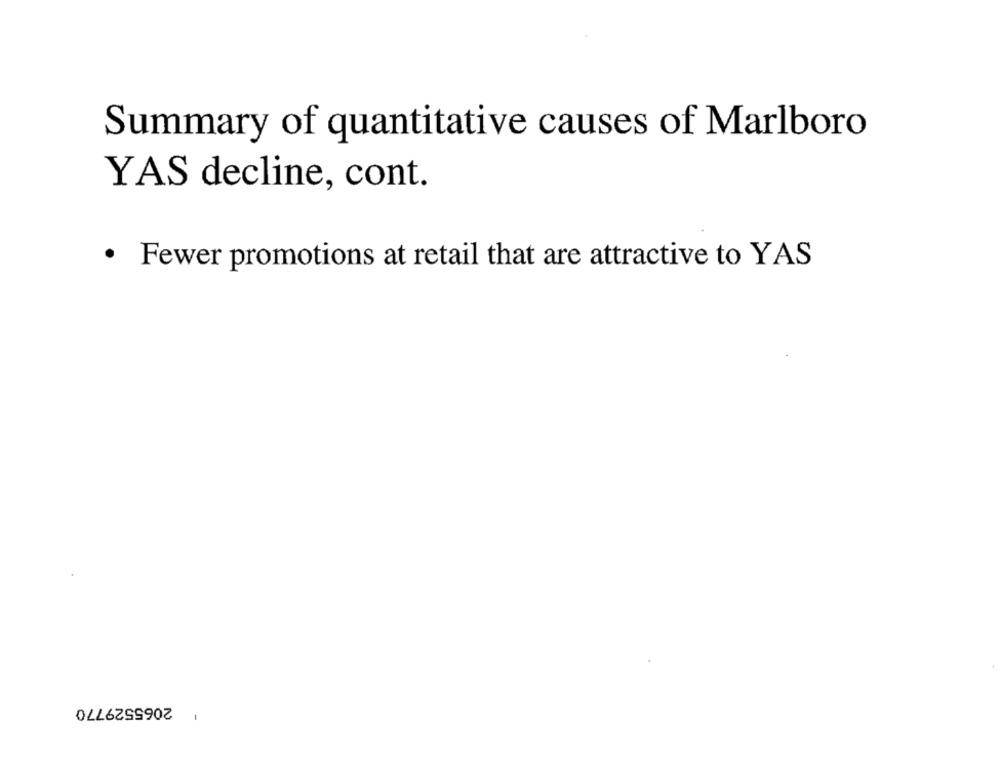
Summary of quantitative causes of Marlboro
YAS decline, cont.
· Fewer promotions at retail that are attractive to YAS
2065529770